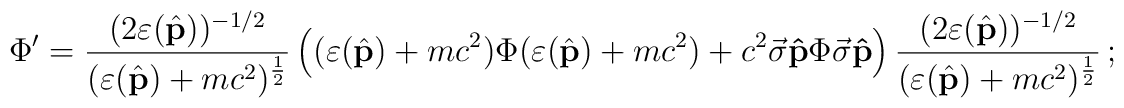
\Phi'=   \frac{(2\varepsilon(\hat{\bf p}))^{-1/2}}   {(\varepsilon(\hat{\bf p})+mc^2)^{\frac{1}{2}}}   \left((\varepsilon(\hat{\bf p})+mc^2)\Phi(\varepsilon(\hat{\bf p})+mc^2)+   c^2\vec\sigma{\bf\hat p}\Phi\vec\sigma{\bf\hat p}\right)   \frac{(2\varepsilon(\hat{\bf p}))^{-1/2}}   {(\varepsilon(\hat{\bf p})+mc^2)^{\frac{1}{2}}}\,;